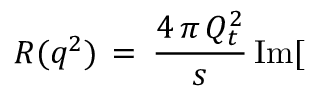
R ( q ^ { 2 } ) \, = \, \frac { 4 \, \pi \, Q _ { t } ^ { 2 } } { s } \, \mathrm { I m } [ \,